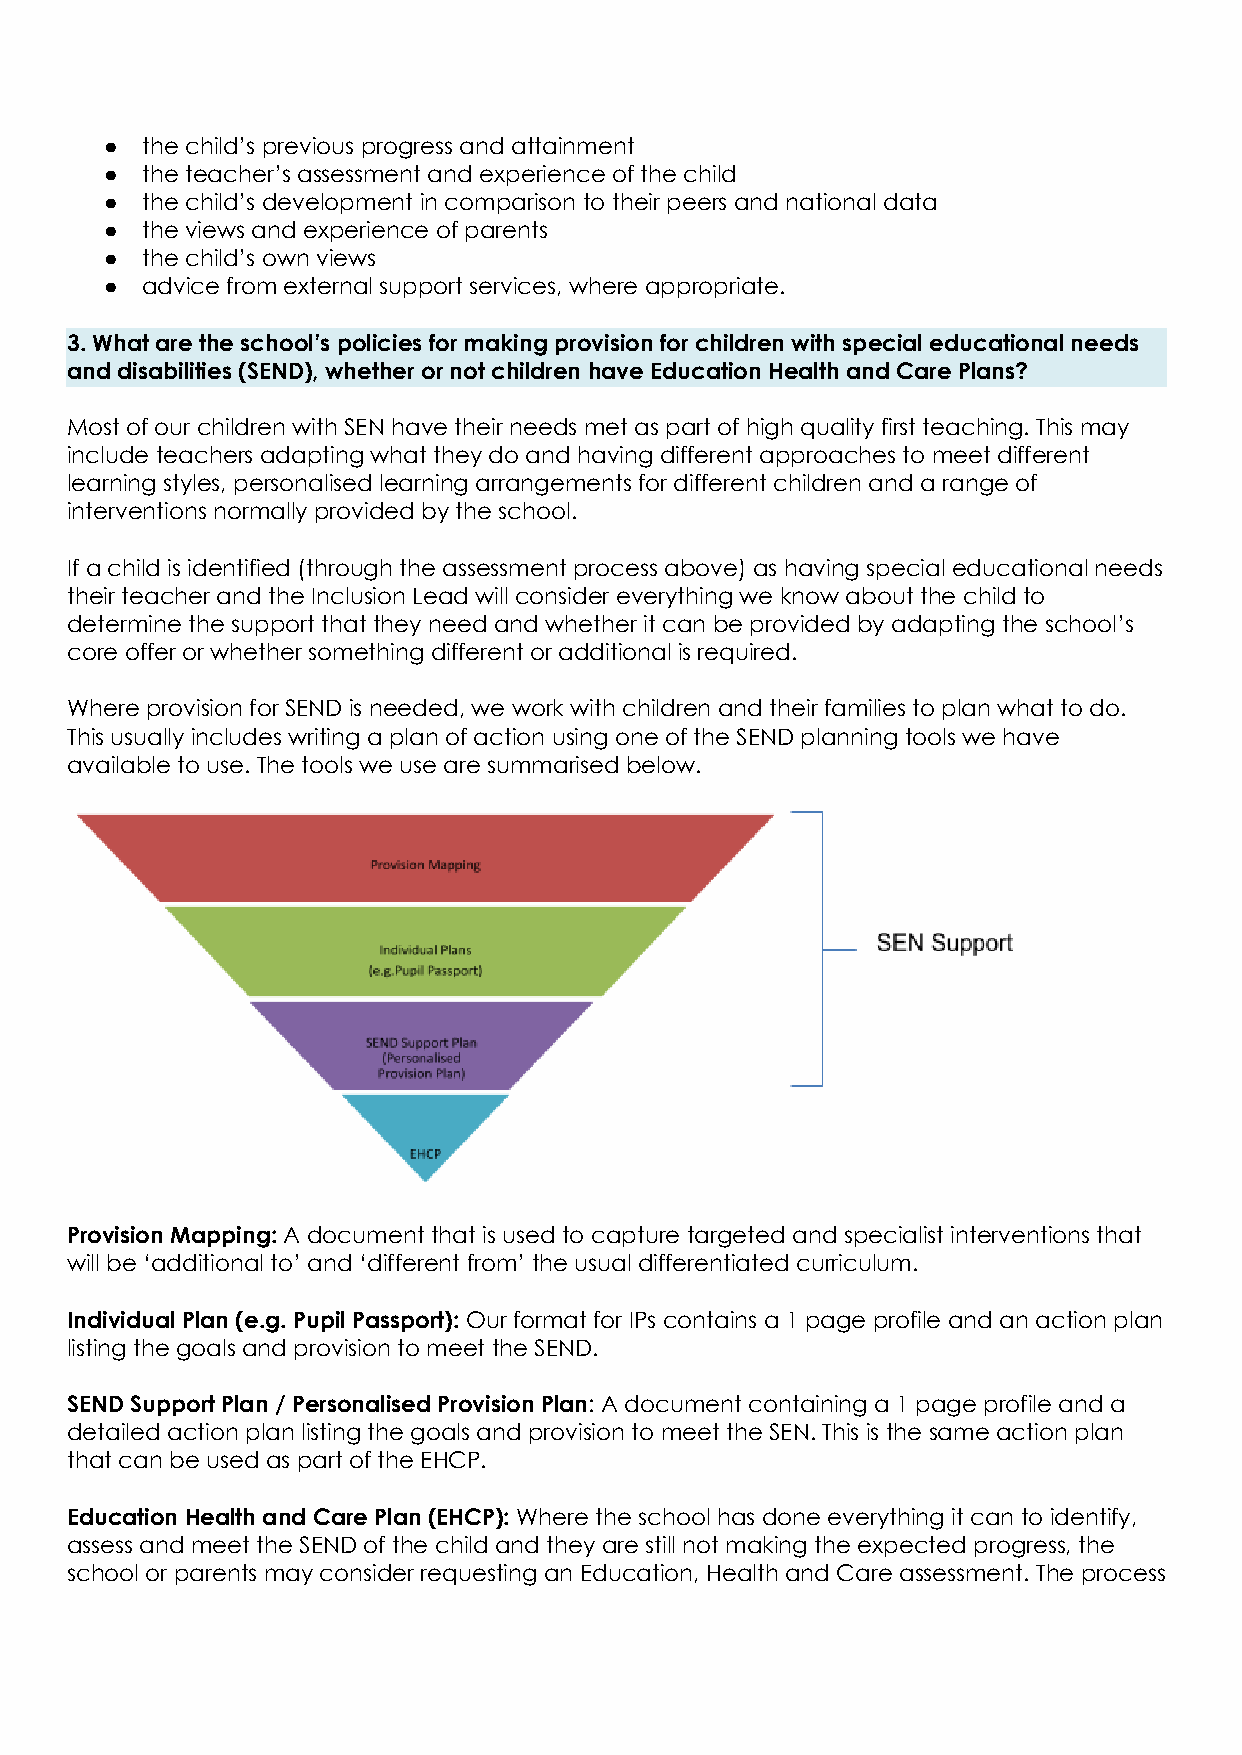
● the child’s previous progress and attainment
 ● the teacher’s assessment and experience of the child
 ● the child’s development in comparison to their peers and national data
 ● the views and experience of parents
 ● the child’s own views
 ● advice from external support services, where appropriate.
 3. What are the school’s policies for making provision for children with special educational needs
 and disabilities (SEND), whether or not children have Education Health and Care Plans?
 Most of our children with SEN have their needs met as part of high quality first teaching. This may
 include teachers adapting what they do and having different approaches to meet different
 learning styles, personalised learning arrangements for different children and a range of
 interventions normally provided by the school.
 If a child is identified (through the assessment process above) as having special educational needs
 their teacher and the Inclusion Lead will consider everything we know about the child to
 determine the support that they need and whether it can be provided by adapting the school’s
 core offer or whether something different or additional is required.
 Where provision for SEND is needed, we work with children and their families to plan what to do.
 This usually includes writing a plan of action using one of the SEND planning tools we have
 available to use. The tools we use are summarised below.
 Provision Mapping: A document that is used to capture targeted and specialist interventions that
 will be ‘additional to’ and ‘different from’ the usual differentiated curriculum.
 Individual Plan (e.g. Pupil Passport): Our format for IPs contains a 1 page profile and an action plan
 listing the goals and provision to meet the SEND.
 SEND Support Plan / Personalised Provision Plan: A document containing a 1 page profile and a
 detailed action plan listing the goals and provision to meet the SEN. This is the same action plan
 that can be used as part of the EHCP.
 Education Health and Care Plan (EHCP): Where the school has done everything it can to identify,
 assess and meet the SEND of the child and they are still not making the expected progress, the
 school or parents may consider requesting an Education, Health and Care assessment. The process